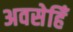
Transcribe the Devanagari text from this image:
अवसेहिँ